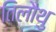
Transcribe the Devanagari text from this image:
तिलौथु